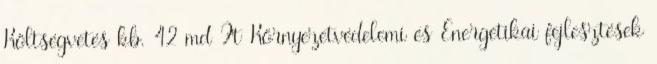
Költségvetés kb. 42 md Ft Környezetvédelemi és Energetikai fejlesztések